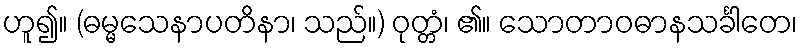
ဟူ၍။ (ဓမ္မသေနာပတိနာ၊ သည်။) ဝုတ္တံ၊ ၏။ သောတာဝဓာနသင်္ခါတေ၊